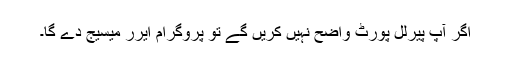
اگر آپ پیرلل پورٹ واضح نہیں کریں گے تو پروگرام ایرر میسیج دے گا۔